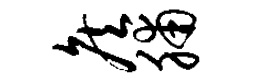
侯脯